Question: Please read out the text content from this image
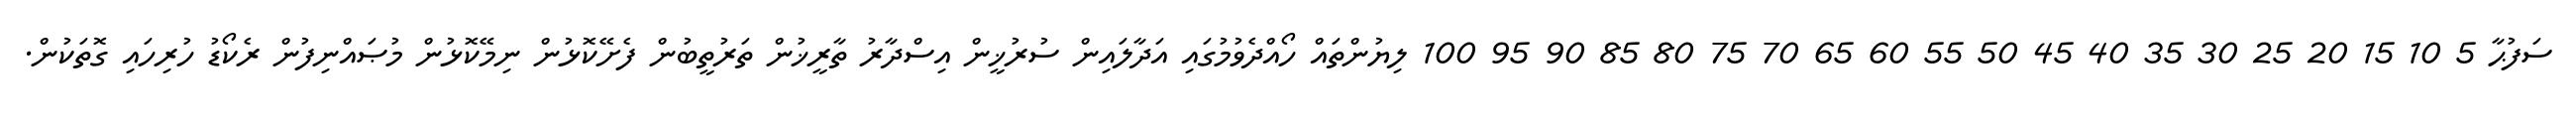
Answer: ސަފުޙާ 5 10 15 20 25 30 35 40 45 50 55 60 65 70 75 80 85 90 95 100 ލިޔުންތައް ހޯއްދެވުމުގައި އަދާލައިން ސުރުޚީން އިސްދާރު ތާރީޚުން ތަރުތީބުން ފެށޭކޮޅުން ނިމޭކޮޅުން މުޞައްނިފުން ރެކޯޑު ހުރިހައި ގޮތަކުން.